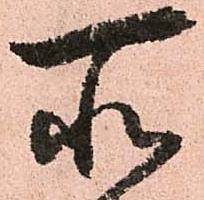
所